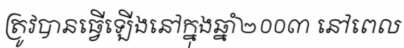
ត្រូវបានធ្វើឡើងនៅក្នុងឆ្នាំ២០០៣ នៅពេល